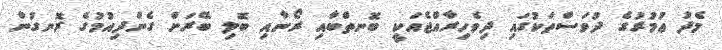
މެދު ޢުމުރުގެ ދުވަސްތަކުގައި ދިވެހިރާއްޖެއަކީ ބޮނތްބާއި ރޯނާއި ބޮލި ބޭރަށް ގެންދިއުމުގެ ރޮނގުން